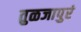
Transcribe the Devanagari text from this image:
तुळजापुरं